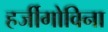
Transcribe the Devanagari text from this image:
हर्जीगोविना